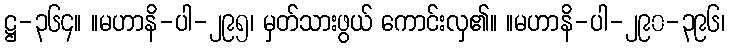
ဋ္ဌ-၃၆၄။ ။မဟာနိ-ပါ-၂၉၅၊ မှတ်သားဖွယ် ကောင်းလှ၏။ ။မဟာနိ-ပါ-၂၉၀-၃၉၆၊